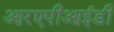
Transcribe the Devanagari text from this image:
आरएपीआईडी